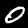
Label: 0